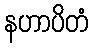
နဟာပိတံ